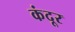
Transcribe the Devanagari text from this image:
कंदूर